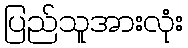
ပြည်သူအားလုံး